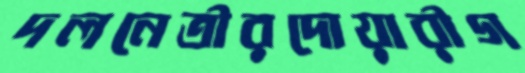
দলনেত্রীরদোয়ারীগ